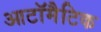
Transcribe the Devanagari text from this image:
आटॉमैटिक